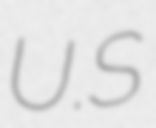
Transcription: U.S